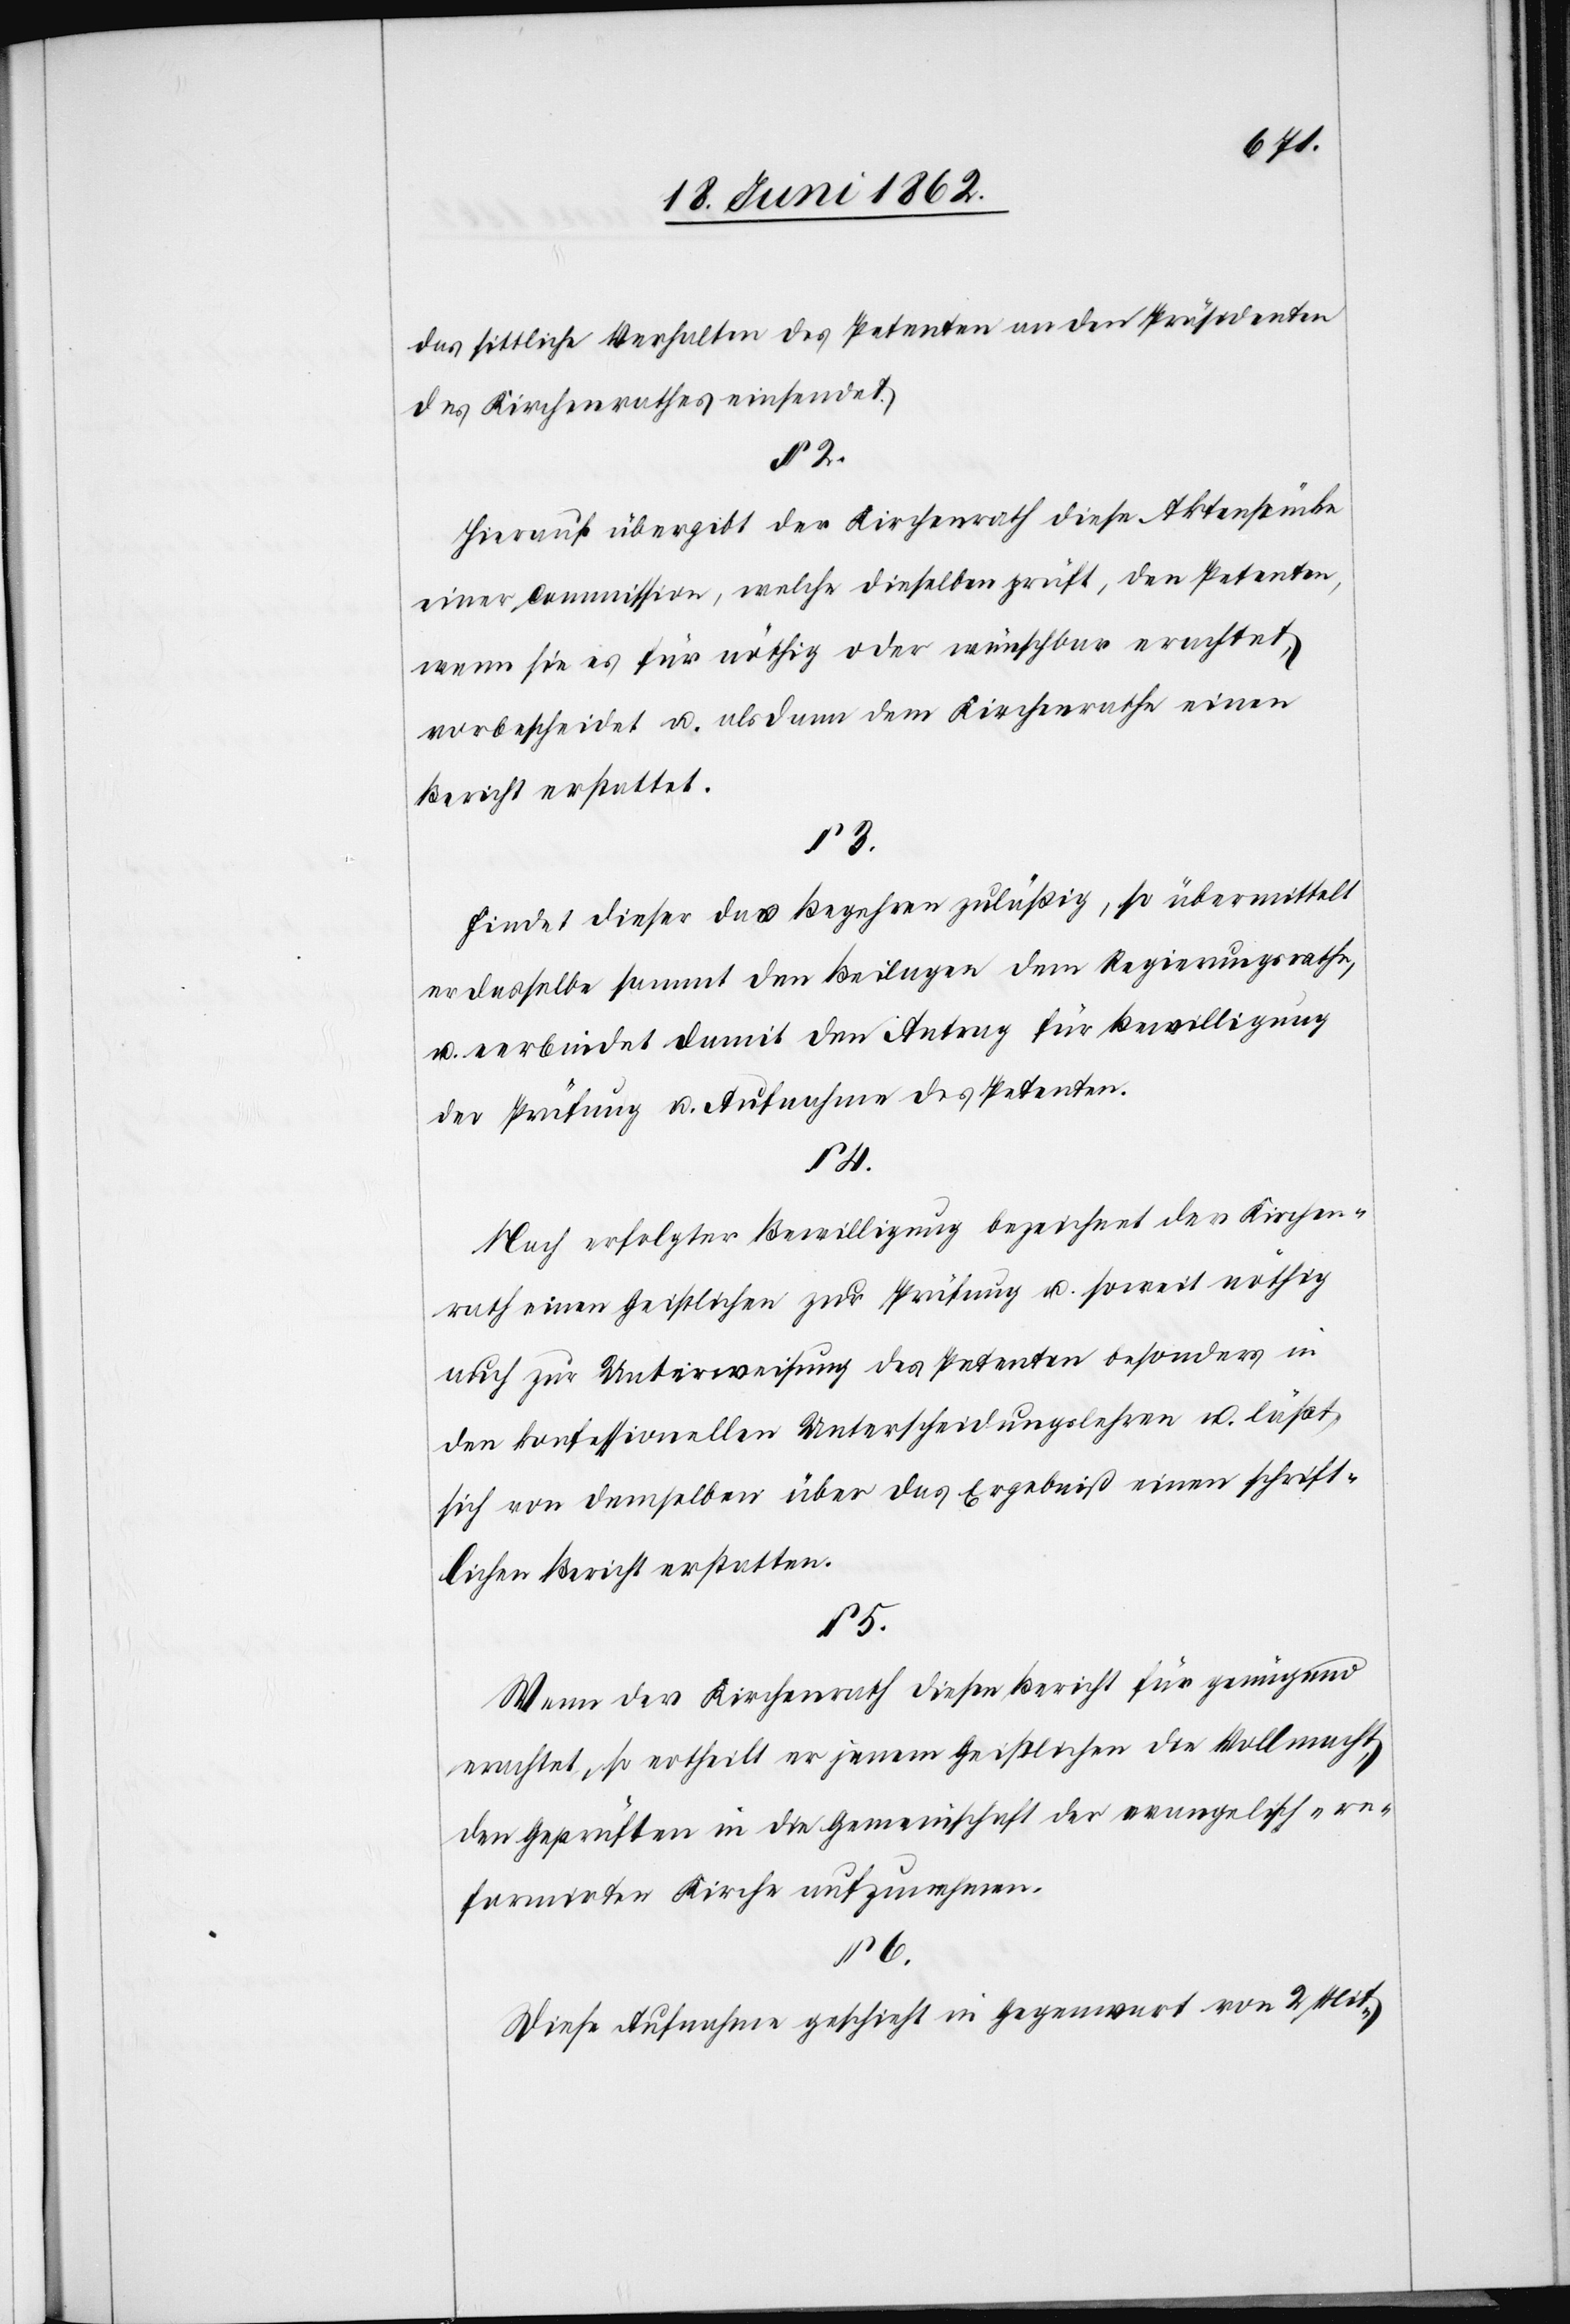
das sittliche Verhalten des Petenten an den Präsidenten
des Kirchenrathes einsendet.
§ 2.
Hierauf übergibt der Kirchenrath diese Aktenstücke
einer Commission, welche dieselben prüft, den Petenten,
wenn sie es für nöthig oder wünschbar erachtet,
vorbescheidet u. alsdann dem Kirchenrathe einen
Bericht erstattet.
§ 3.
Findet dieser das Begehren zuläßig, so übermittelt
er dasselbe sammt den Beilagen dem Regierungsrathe,
u. verbindet damit den Antrag für Bewilligung
der Prüfung u. Aufnahme des Petenten.
§ 4.
Nach erfolgter Bewilligung bezeichnet der Kirchen¬
rath einen Geistlichen zur Prüfung u. soweit nöthig
auch zur Unterweisung des Petenten besonders in
den konfessionellen Unterscheidungslehren u. läßt
sich von demselben über das Ergebniß einen schrift¬
lichen Bericht erstatten.
§ 5.
Wenn der Kirchenrath diesen Bericht für genügend
erachtet, so ertheilt er jenem Geistlichen die Vollmacht,
den Geprüften in die Gemeinschaft der evangelisch-re¬
formirten Kirche aufzunehmen.
§ 6.
Diese Aufnahme geschieht in Gegenwart von 2 Mit-